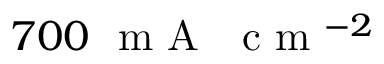
7 0 0 ~ \mathrm { ~ m ~ A ~ } ~ \mathrm { ~ c ~ m ~ } ^ { - 2 }